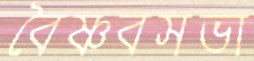
বৈষ্ণবসভা